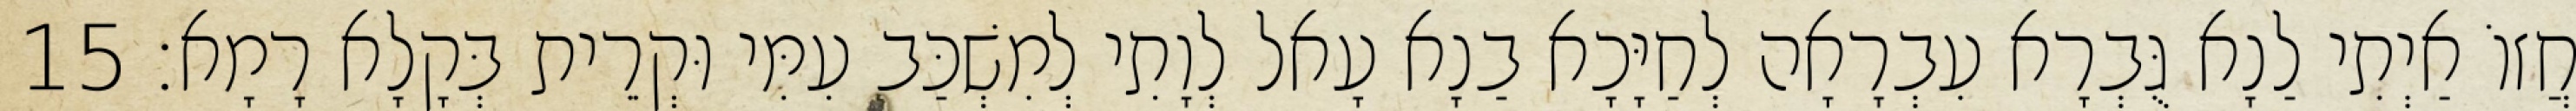
חֲזוֹ אַיְתִי לַנָא גֻּבְרָא עִבְרָאָה לְחַיָּכָא בַנָא עָאל לְוָתִי לְמִשְׁכַּב עִמִּי וּקְרֵית בְּקָלָא רָמָא׃ 15